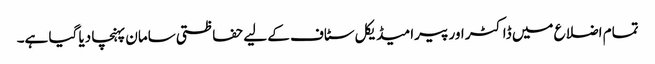
تمام اضلاع میں ڈاکٹر اور پیرا میڈیکل سٹاف کے لیے حفاظتی سامان پہنچا دیا گیا ہے۔